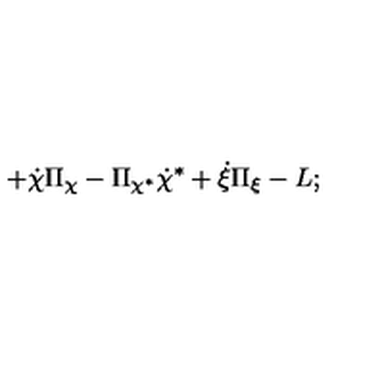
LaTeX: + \dot { \chi } \Pi _ { \chi } - \Pi _ { \chi ^ { * } } \dot { \chi } ^ { * } + \dot { \xi } \Pi _ { \xi } - L ;